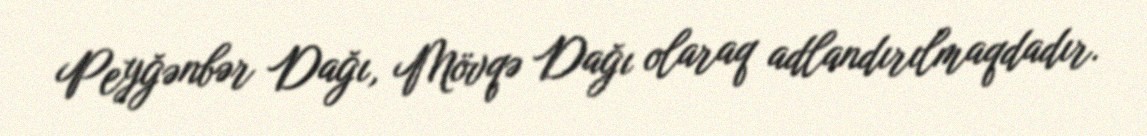
Peyğənbər Dağı, Mövqə Dağı olaraq adlandırılmaqdadır.